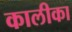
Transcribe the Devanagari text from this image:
कालीका